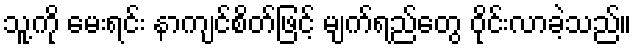
သူ့ကို မေးရင်း နာကျင်စိတ်ဖြင့် မျက်ရည်တွေ ဝိုင်းလာခဲ့သည်။